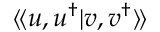
\langle \! \langle u , u ^ { \dagger } | { v } , { v } ^ { \dagger } \rangle \! \rangle